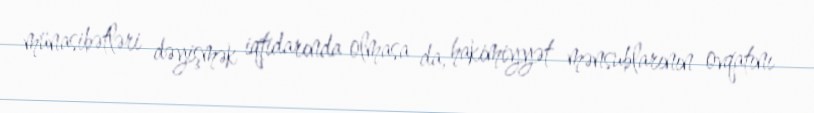
münasibətləri dəyişmək iqtidarında olmasa da, hakimiyyət mənsublarının ovqatını